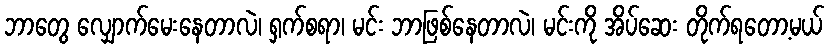
ဘာတွေ လျှောက်မေးနေတာလဲ၊ ရှက်စရာ၊ မင်း ဘာဖြစ်နေတာလဲ၊ မင်းကို အိပ်ဆေး တိုက်ရတော့မယ်